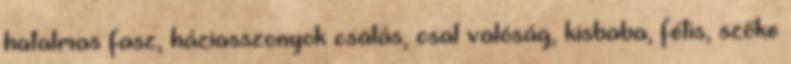
hatalmas fasz, háziasszonyok csalás, csal valóság, kisbaba, fétis, szőke